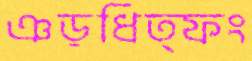
ঞড়ধিত্ফং